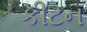
કીટન